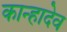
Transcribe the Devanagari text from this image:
कान्हादेव